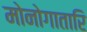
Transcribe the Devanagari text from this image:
मोनोगातारि